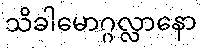
သိခါမောဂ္ဂလ္လာနော